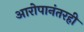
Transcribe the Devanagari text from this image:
आरोपानंतरही